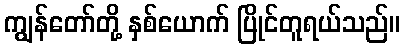
ကျွန်တော်တို့ နှစ်ယောက် ပြိုင်တူရယ်သည်။